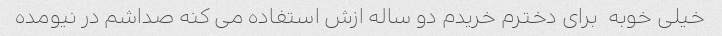
خیلی خوبه  برای دخترم خریدم دو ساله ازش استفاده می کنه صداشم در نیومده